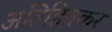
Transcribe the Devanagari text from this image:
अतिहितकर